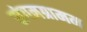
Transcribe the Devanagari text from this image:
संगमग्रामम